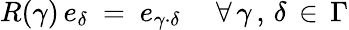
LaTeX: R(\gamma)\, e_{\delta}~=~e_{\gamma\cdot\delta}~~~~~\forall\, \gamma\, ,\, \delta\, \in\, \Gamma